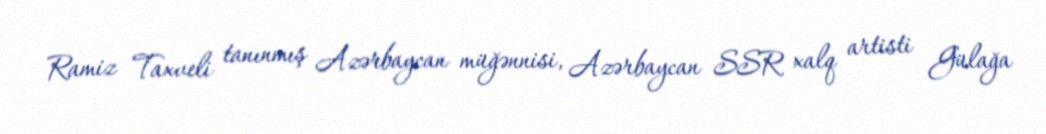
Ramiz Taxveli tanınmış Azərbaycan müğənnisi, Azərbaycan SSR xalq artisti Gülağa